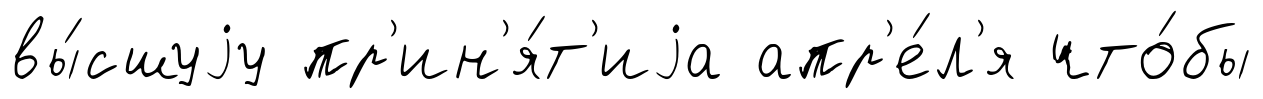
вы́сшуjу пр'ин'я́т'иjа апр'е́л'я что́бы